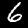
Digit: 6